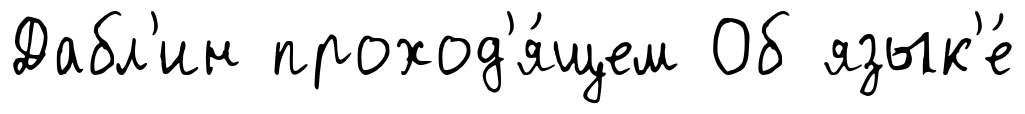
Дабл'ин проход'я́щем Об язык'е́